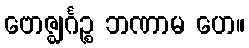
ဗောဇ္ဈင်္ဂဉ္စ ဘဏာမ ဟေ။